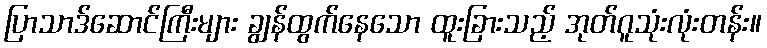
ပြာသာဒ်ဆောင်ကြီးများ ချွန်ထွက်နေသော ထူးခြားသည့် အုတ်ဂူသုံးလုံးတန်း။